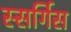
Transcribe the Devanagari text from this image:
स्सर्गिस